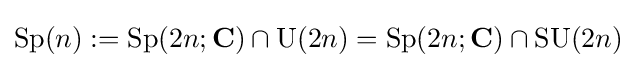
\operatorname {Sp} (n):=\operatorname {Sp} (2n;\mathbf {C} )\cap \operatorname {U} (2n)=\operatorname {Sp} (2n;\mathbf {C} )\cap \operatorname {SU} (2n)